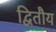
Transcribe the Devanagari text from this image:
द्वितौय